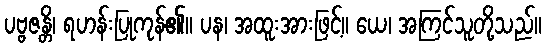
ပဗ္ဗဇန္တိ၊ ရဟန်းပြုကုန်၏။ ပန၊ အထူးအားဖြင့်။ ယေ၊ အကြင်သူတို့သည်။